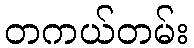
တကယ်တမ်း